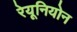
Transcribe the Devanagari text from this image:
रेयूनियोन